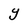
Character: Y